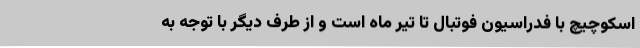
اسکوچیچ با فدراسیون فوتبال تا تیر ماه است و از طرف دیگر با توجه به